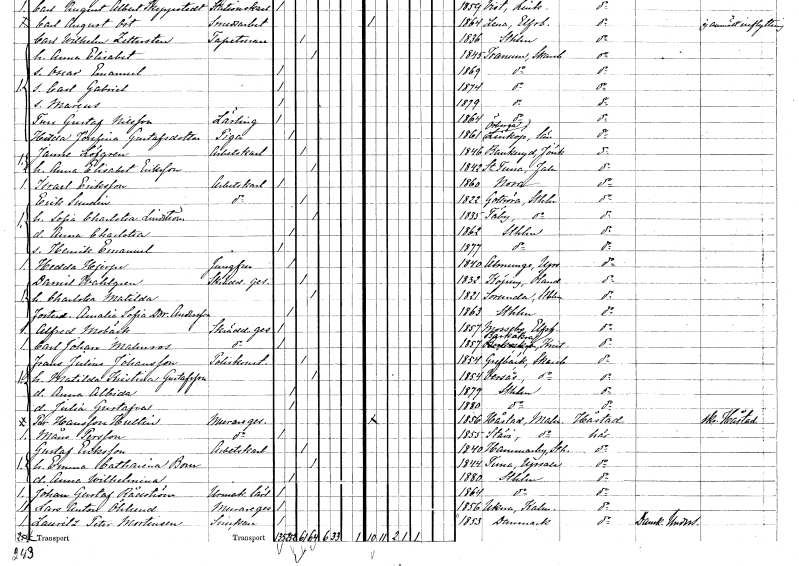
gt_parse: households: individuals: FN: Janne
EN: Löfgren
YRKE: Arbetskarl
KON: M
CIV: G
FODAR: 1846
FODFORS: Bankeryd Jönköpings län
FN: Anna Elisabet
EN: Eriksson
KON: K
CIV: G
FODAR: 1842
FODFORS: Stora Tuna Kopparbergs län
FN: Israel
EN: Eriksson
YRKE: Arbetskarl
KON: M
CIV: O
FODAR: 1860
FODFORS: Nora Örebro län
FN: Erik
EN: Sundin
YRKE: Arbetskarl
KON: M
CIV: G
FODAR: 1822
FODFORS: Gottröra Stockholms län
FN: Sofia Charlotta
EN: Lindström
KON: K
CIV: G
FODAR: 1835
FODFORS: Täby Stockholms län
FN: Anna Charlotta
KON: K
CIV: O
FODAR: 1862
FODFORS: Stockholm
FN: Henrik Emanuel
KON: M
CIV: O
FODAR: 1877
FODFORS: Stockholm
FN: Hedda
EN: Hjerpe
YRKE: Jungfru
KON: K
CIV: O
FODAR: 1840
FODFORS: Almunge Uppsala län
FN: Daniel
EN: Wahlgren
YRKE: Skräddaregesäll
KON: M
CIV: G
FODAR: 1832
FODFORS: Köping Kalmar län
FN: Charlotta Matilda
KON: K
CIV: G
FODAR: 1821
FODFORS: Sorunda Stockholms län
FN: Amalia Sofia Dorotea
EN: Andersson
KON: K
CIV: O
FODAR: 1863
FODFORS: Stockholm
FN: Alfred
EN: Mobäck
YRKE: Skräddaregesäll
KON: M
CIV: O
FODAR: 1857
FODFORS: Mossebo Älvsborgs län
FN: Carl Johan
EN: Malmros
YRKE: Skräddaregesäll
KON: M
CIV: O
FODAR: 1857
FODFORS: Barkåkra Kristianstads län
FN: Frans Julius
EN: Johansson
YRKE: Poliskonstapel
KON: M
CIV: G
FODAR: 1854
FODFORS: Grevbäck Skaraborgs län
FN: Matilda Kristina
EN: Gustafsson
KON: K
CIV: G
FODAR: 1854
FODFORS: Värsås Skaraborgs län
FN: Anna Albida
KON: K
CIV: O
FODAR: 1879
FODFORS: Stockholm
FN: Julia Gustafva
KON: K
CIV: O
FODAR: 1880
FODFORS: Stockholm
FN: Per
EN: Hansson Hultin
YRKE: Muraregesäll
KON: M
CIV: O
FODAR: 1856
FODFORS: Håstad Malmöhus län
FN: Måns
EN: Persson
YRKE: Muraregesäll
KON: M
CIV: O
FODAR: 1855
FODFORS: Stävie Malmöhus län
FN: Gustaf
EN: Eriksson
YRKE: Arbetskarl
KON: M
CIV: G
FODAR: 1840
FODFORS: Hammarby Stockholms län
FN: Emma Catharina
EN: Bom
KON: K
CIV: G
FODAR: 1844
FODFORS: Tuna Uppsala län
FN: Anna Wilhelmina
KON: K
CIV: O
FODAR: 1880
FODFORS: Stockholm
FN: Johan Gustaf
EN: Rådström
YRKE: Urmakarelärling
KON: M
CIV: O
FODAR: 1864
FODFORS: Stockholm
FN: Lars Anton
EN: Öhlund
YRKE: Muraregesäll
KON: M
CIV: O
FODAR: 1856
FODFORS: Ukna Kalmar län
FN: Lauritz Peter
EN: Mortensen
YRKE: Snickare
KON: M
CIV: O
FODAR: 1853